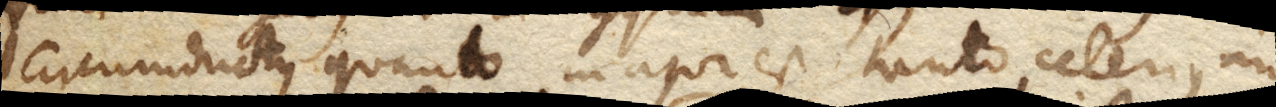
circumductus quanto major est tanto celerius, inque